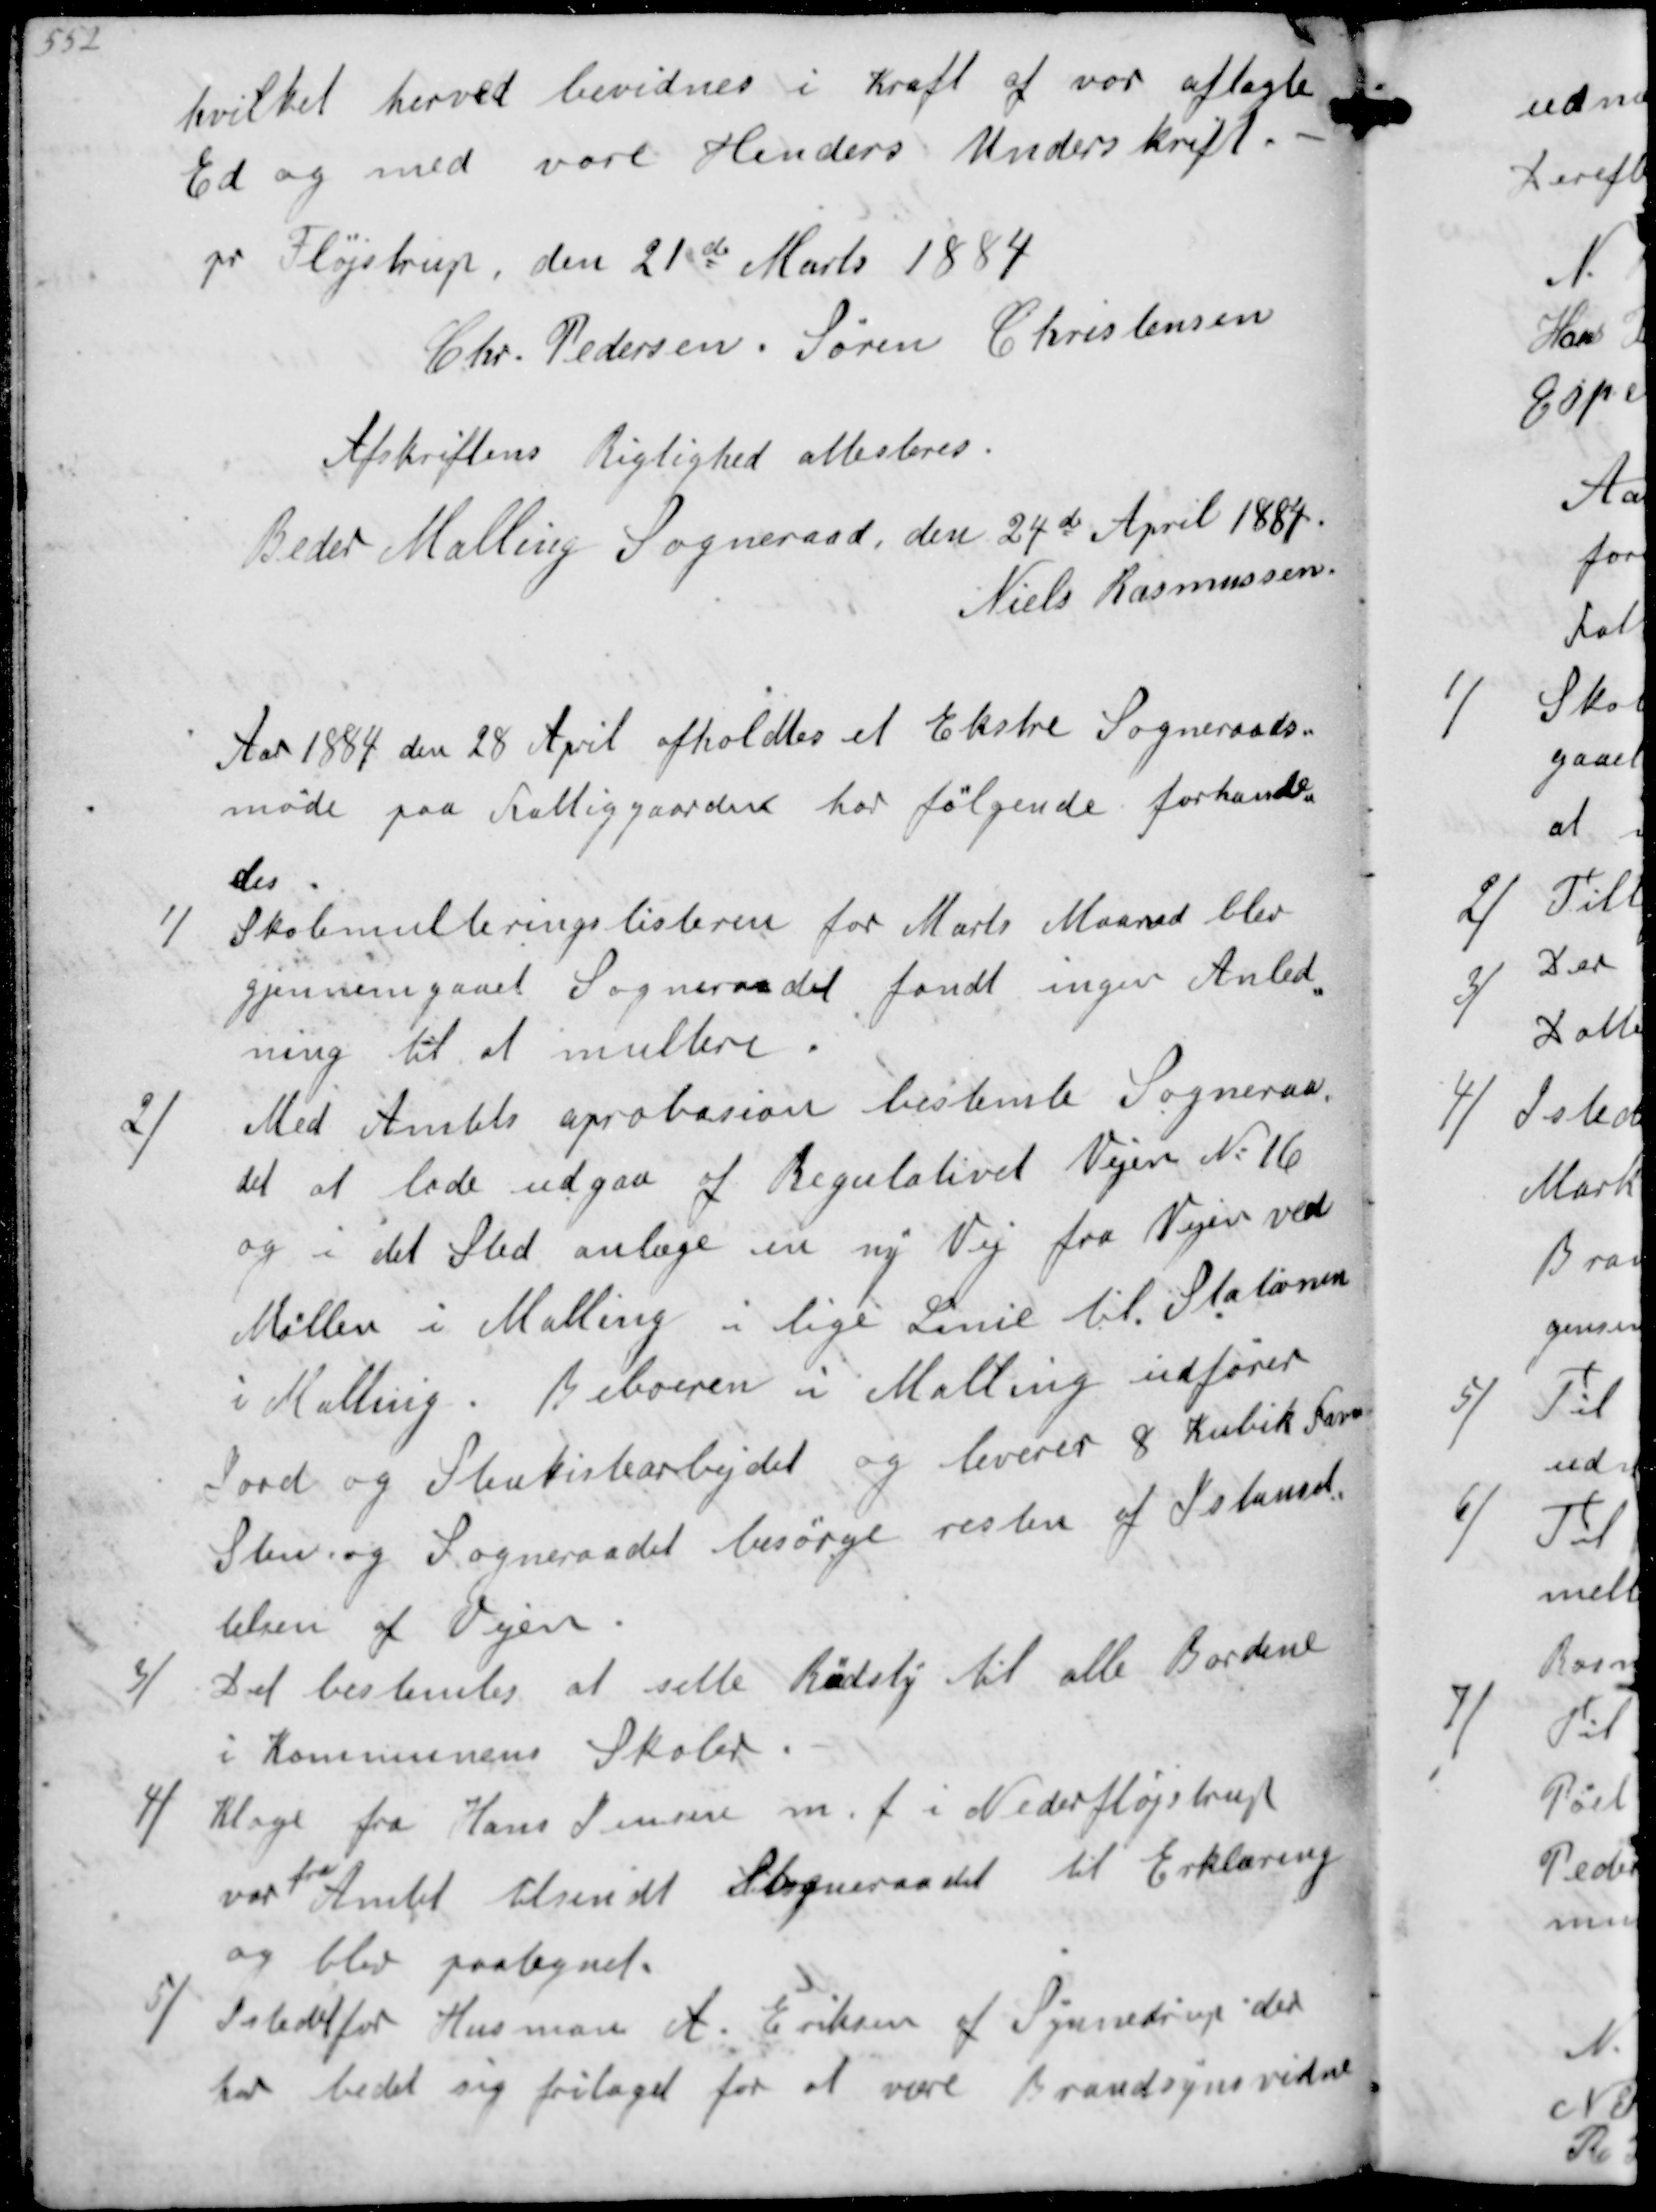
Transskription:
hvilket herved bevidnes i Kraft af vor aflagte
Ed og med vore Henders Underskrift
pr Fløjstrup, den 21de Marts 1884
Chr. Pedersen
Søren Christensen

Afskriftens Rigrtghed attesteres
Beder Malling Sogneraad, den 24de April 1884
Niels Rasmussen

Aar 1884 den 28 April afholdtes et Ekstre Sogneraads-
møde paa Fattiggaarden hor følgende forhandl-
des
1/
Skolemulteringslisterne for Marts Maaned blev
gjennemgaaet Sogneraadet fandt ingen Anled-
ning til at multere
2/
Med Amtets aprobasion bestemte Sogneraa-
det at lade udgaa af Regulativet Vejen No 16
og i det Sted at anlæge en ny Vej fra Vejen ved
Møllen i Malling i lige Linie til Stationen
i Malling. Beboeren i Malling udfører
Jord og Stenkistearbejdet og leverer 8 Kubik Favn
Sten og Sogneraadet besørge resten af Istansæt-
telsen af Vejen
3/
Det bestemtes at sette Rødsty til alle Bordene
i Kommunens Skoler
4/
Klage fra Hans Jensen m.f. i Nederfløjstrup
var
fra
Amtet tilsendt Sogneraadet til Erklæring
og blev paategnet
5/
Istedetfor Husman A Eriksen af Synnedrup der
har bedt sig fritaget for at være Brandsynsvidne